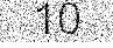
10